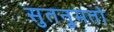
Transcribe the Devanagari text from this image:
सुतनुमतो